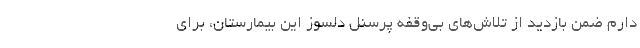
دارم ضمن بازدید از تلاش‌های بی‌وقفه پرسنل دلسوز این بیمارستان، برای